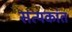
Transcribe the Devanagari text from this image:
सत्यकांत